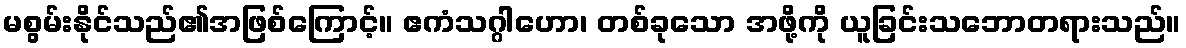
မစွမ်းနိုင်သည်၏အဖြစ်ကြောင့်။ ဧကံသဂ္ဂါဟော၊ တစ်ခုသော အဖို့ကို ယူခြင်းသဘောတရားသည်။